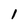
Character: 1